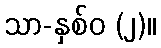
သာ-နှစ်ဝ (၂)။